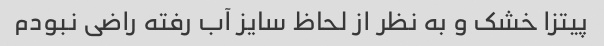
پیتزا خشک و به نظر از لحاظ سایز آب رفته راضی نبودم